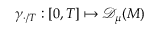
\gamma _ { \cdot / T } : [ 0 , T ] \mapsto { \mathscr { D } _ { \mu } ( M ) }